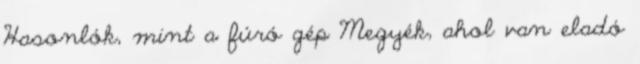
Hasonlók, mint a fúró gép Megyék, ahol van eladó